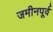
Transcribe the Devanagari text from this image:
जमीनपूर्व